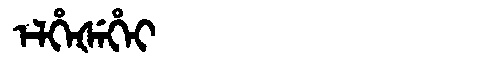
Manchu: ᡝᠯᡥᡝᡧᡝᡥᡝᡳ
Romanization: ELHEŠEHEI